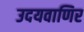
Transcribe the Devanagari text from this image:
उदयवाणिर